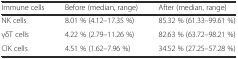
| Immune cells | Before (median, range) | After (median, range) |
 | --- | --- | --- |
 | NK cells | 8.01 % (4.12–17.35 %) | 85.32 % (61.33–99.61 %) |
 | γδT cells | 4.22 % (2.79–11.26 %) | 82.63 % (63.72–98.21 %) |
 | CIK cells | 4.51 % (1.62–7.96 %) | 34.52 % (27.25–57.28 %) |